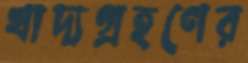
খাদ্যগ্রহণের